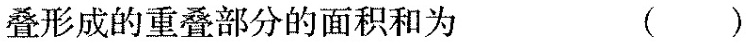
叠形成的重叠部分的面积和为 ( )